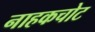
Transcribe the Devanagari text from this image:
नाहकचोट